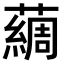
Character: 𫊃